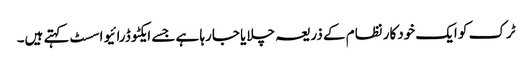
ٹرک کو ایک خودکار نظام کے ذریعہ چلایا جارہا ہے جسے ایکٹو ڈرائیو اسسٹ کہتے ہیں۔